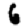
Digit: 6